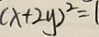
( x + 2 y ) ^ { 2 } = 1